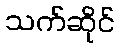
သက်ဆိုင်